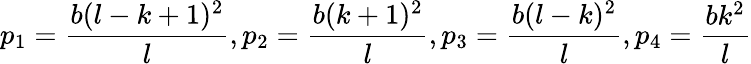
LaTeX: p_{1}=\frac{b(l-k+1)^{2}}{l},p_{2}=\frac{b(k+1)^{2}}{l},p_{3}=\frac{b(l-k)^{2}}{l},p_{4}=\frac{bk^{2}}{l}